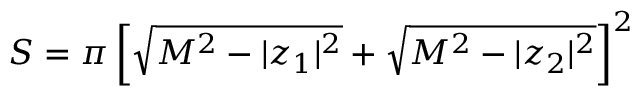
S = \pi \left[ \sqrt { M ^ { 2 } - | z _ { 1 } | ^ { 2 } } + \sqrt { M ^ { 2 } - | z _ { 2 } | ^ { 2 } } \right] ^ { 2 }